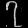
Digit: ၇